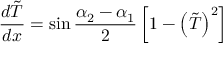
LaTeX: { \frac { d \tilde { T } } { d x } } = \sin { \frac { \alpha _ { 2 } - \alpha _ { 1 } } { 2 } } \left[ 1 - \left( \tilde { T } \right) ^ { 2 } \right]